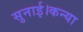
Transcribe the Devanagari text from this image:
सुनाई।कन्या